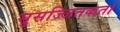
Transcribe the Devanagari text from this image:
सुसज्जितकर्ता